Annual report of the Imperial Bacteriological Laboratory, Muktesar
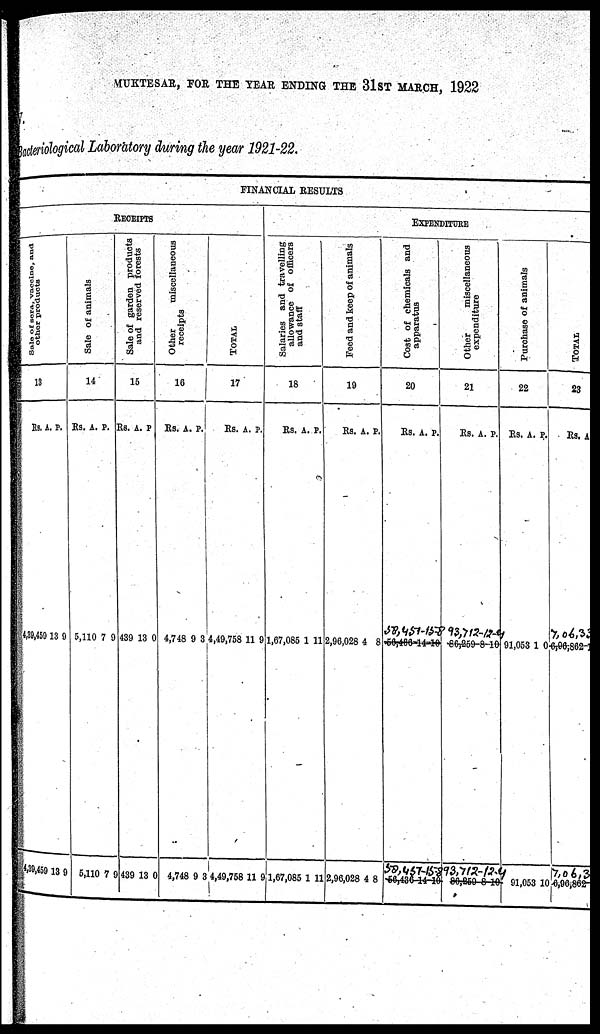
MUKTESAR, FOR THE YEAR ENDING THE 31ST MARCH, 1922
Bacteriological Laboratory during the year 1921-22.
Sale of sera, vaccine, and
other products
13
Rs.
4,39,459
4,39,459
A.
13
13
P.
9
9
Sal e of animals
RECEIPTS
14
Rs.
5, 110
5,110
A.
7
7
P.
9
9
Sale of garden products
and reserved forests
15
Rs.
439
439
A.
13
13
P.
0
0
Ot her miscellaneous
receipts
FINANCIAL RESULTS
16
Rs.
4,748
4,748
A.
9
9
P.
3
3
T OT AL
17
Rs.
4,49,758
4,49,758
A.
11
11
P.
9
9
Salaries and travelling
allowance of officers
and staff
18
Rs.
1,67,085
1,67,085
A.
1
1
P.
11
11
Feed and keep of animals
19
Rs.
2,96,028
2,96,028
A.
4
4
P.
8
8
EX
PEN
DITURE
Cost of chemicals and
apparatus
20
Rs.
56,486
56,486
A.
14
14
P.
10
10
Other miscellaneous
expenditure
21
Rs.
86,259
86,259
A.
8
8
P.
10
10
Purchase of animals
22
Rs.
91,053
91,053
A.
1
1
P.
0
0
TOTAL
23
Rs.
6,96,862
6,96,862
A